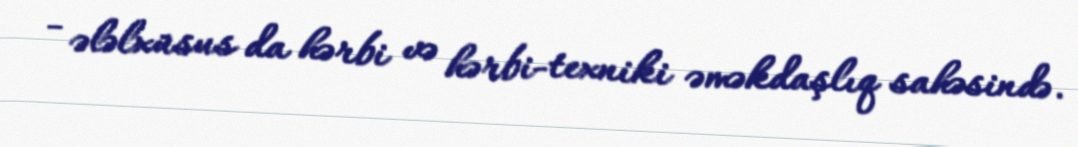
- ələlxüsus da hərbi və hərbi-texniki əməkdaşlıq sahəsində.